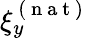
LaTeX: \xi_{y}^{\mathrm{~(~n~a~t~)~}}